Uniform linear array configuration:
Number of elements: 8
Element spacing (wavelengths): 0.25
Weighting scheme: uniform
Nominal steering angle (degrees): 0
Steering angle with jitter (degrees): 0.1201
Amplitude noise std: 0.05
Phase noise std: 0.05

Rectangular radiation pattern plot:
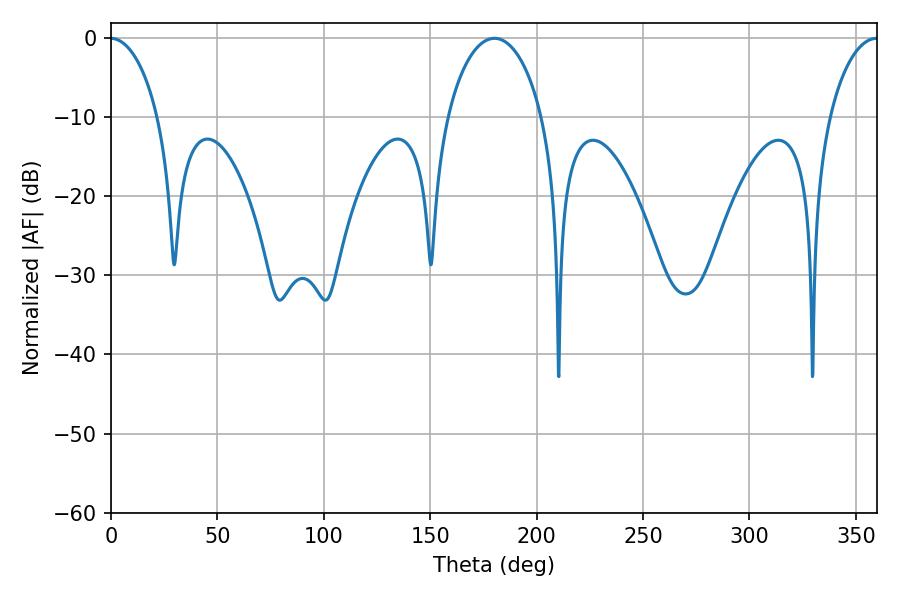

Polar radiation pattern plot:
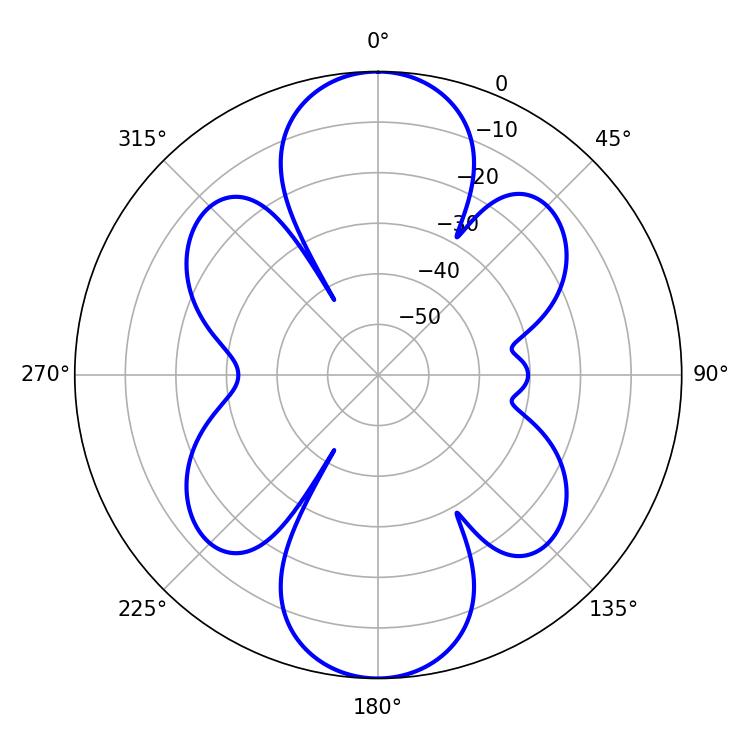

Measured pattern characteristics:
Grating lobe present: FALSE
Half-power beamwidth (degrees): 25.56
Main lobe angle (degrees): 180.18